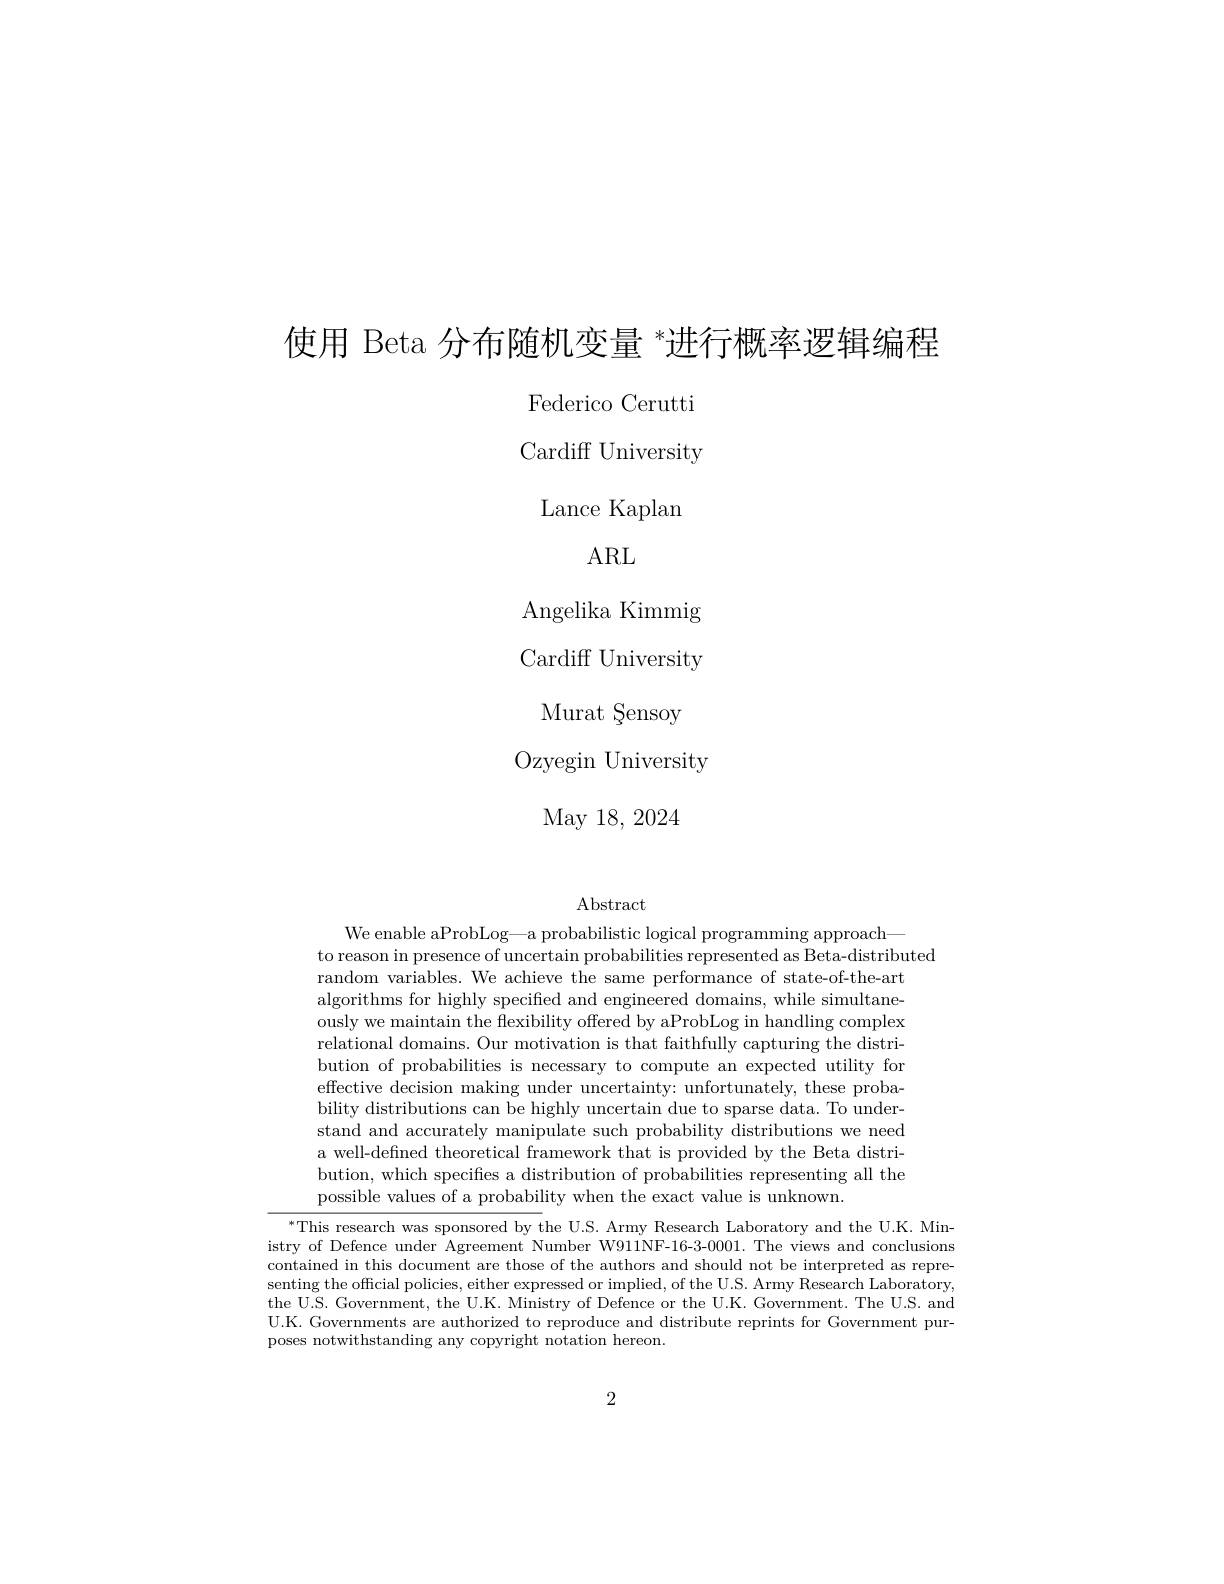
使用 Beta 分布随机变量 *进行概率逻辑编程

Federico Cerutti Cardiff University
Lance Kaplan
ARL
Angelika Kimmig Cardiff University
Murat Sensoy
Ozyegin University
May 18, 2024

Abstract

We enable aProbLog— a probabilistic logical programming approach—
to reason in presence of uncertain probabilities represented as Beta-distributed
random variables. We achieve the same performance of state-of-the-art algorithms for highly specified and engineered domains, while simultaneously we maintain the flexibility offered by aProbLog in handling complex relational domains. Our motivation is that faithfully capturing the distribution of probabilities is necessary to compute an expected utility for effective decision making under uncertainty: unfortunately, these probability distributions can be highly uncertain due to sparse data. To understand and accurately manipulate such probability distributions we need a well-defined theoretical framework that is provided by the Beta distribution, which specifes a distribution of probabilities representing all the possible values of a probability when the exact value is unknown.

$^{*}$This research was sponsored by the U.S. Army Research Laboratory and the U.K. Ministry of Defence under Agreement Number W911NF-16-3-0001. The views and conclusions contained in this document are those of the authors and should not be interpreted as representing the official policies, either expressed or implied, of the U.S. Army Research Laboratory, the U.S. Government, the U.K. Ministry of Defence or the U.K. Government. The U.S. and U.K. Governments are authorized to reproduce and distribute reprints for Government purposes notwithstanding any copyright notation hereon.

2